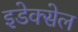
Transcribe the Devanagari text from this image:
इडेक्सेल